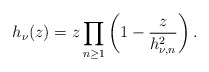
\begin{align*}h_{\nu}(z)=z\prod_{n\geq1}\left(1-\frac{z}{h_{\nu,n}^2}\right).\end{align*}